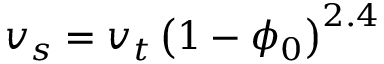
v _ { s } = v _ { t } \left( 1 - \phi _ { 0 } \right) ^ { 2 . 4 }